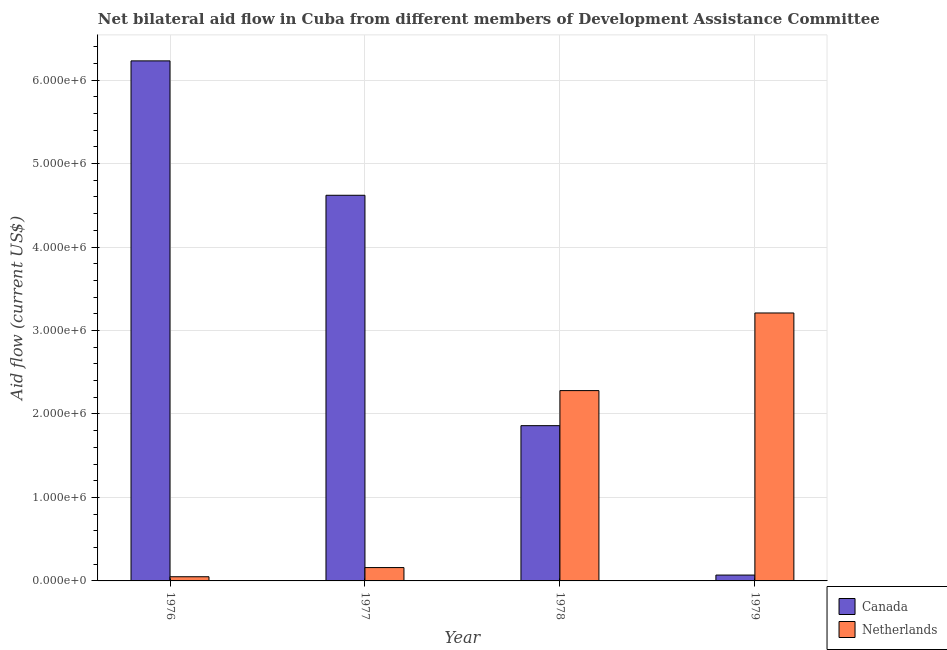
| Year | Canada | Netherlands |
 | --- | --- | --- |
 | 1976 | 6.23e+06 | 5e+04 |
 | 1977 | 4.62e+06 | 1.6e+05 |
 | 1978 | 1.86e+06 | 2.28e+06 |
 | 1979 | 7e+04 | 3.21e+06 |